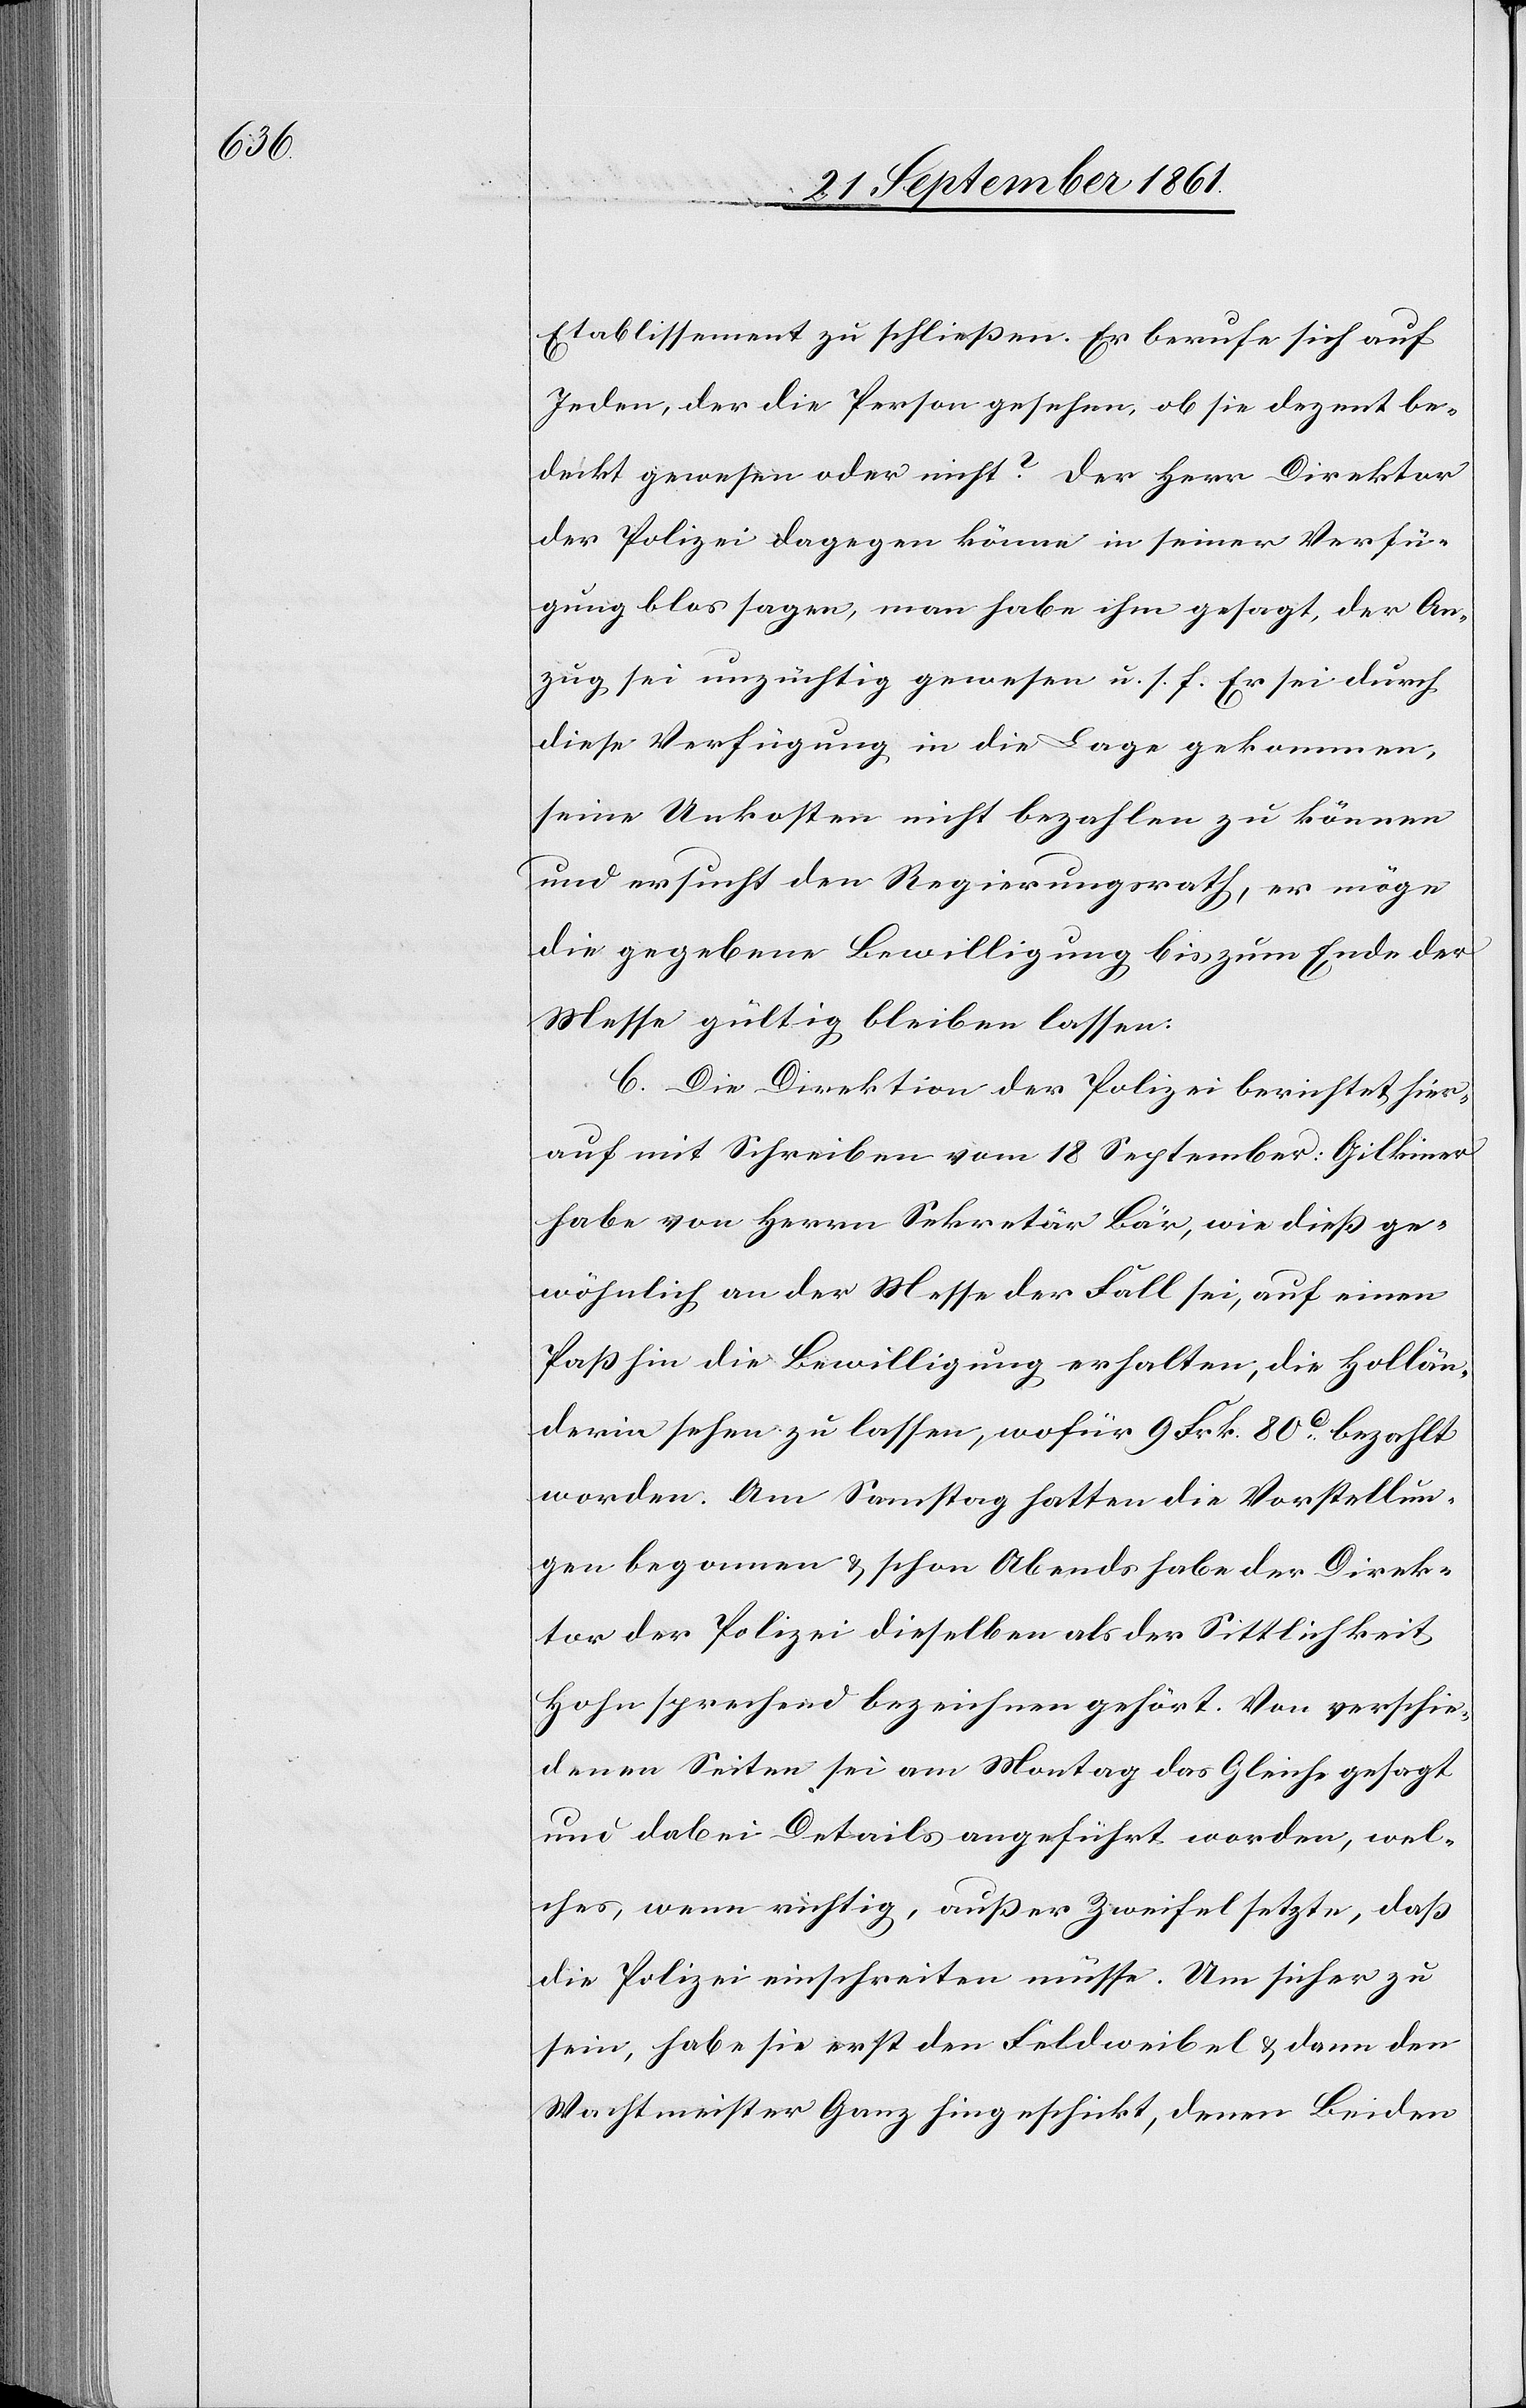
Etablissement zu schließen. Er berufe sich auf
Jeden, der die Person gesehen, ob sie dezent be¬
deckt gewesen sei oder nicht? Der Herr Direktor
der Polizei dagegen könne in seiner Verfü¬
gung blos sagen, man habe ihm gesagt, der An¬
zug sei unzüchtig gewesen u. s. f. Er sei durch
diese Verfügung in die Lage gekommen,
seine Unkosten nicht bezahlen zu können
und ersucht den Regierungsrath, er möge
die gegebene Bewilligung bis zum Ende der
Messe gültig bleiben lassen:
C. Die Direktion der Polizei berichtet hier¬
auf mit Schreiben vom 18 September: Gilkiner
habe von Herrn Sekretär Bär, wie dieß ge¬
wöhnlich an der Messe der Fall sei, auf einen
Paß hin die Bewilligung erhalten, die Hollän¬
derin sehen zu lassen, wofür 9 Frk. 80c bezahlt
worden. Am Samstag hatten die Vorstellun¬
gen begonnen u. schon Abends habe der Direk¬
tor der Polizei dieselben als der Sittlichkeit
Hohn sprechend bezeichnen gehört. Von verschie¬
denen Seiten sei am Montag das Gleiche gesagt
und dabei Details angeführt worden, wel¬
ches, wenn richtig, außer Zweifel setzte, daß
die Polizei einschreiten müsse. Um sicher zu
sein, habe sie erst den Feldweibel u. dann den
Wachtmeister Ganz hingeschickt, denen Beiden